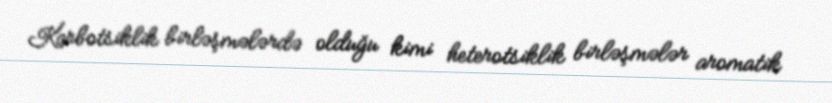
Karbotsiklik birləşmələrdə olduğu kimi heterotsiklik birləşmələr aromatik